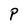
Character: P